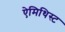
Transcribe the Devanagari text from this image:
ऐमिथिस्ट